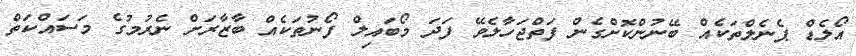
އޯލެޑް ޕެނެލްތަކެއް ބޭނުންކޮށްގެން ފަތްޖަހާލެވޭ ފަދަ މޯބައިލް ފޯނުތަކެއް ބާޒާރަށް ނެރުމުގެ މަސައްކަތް